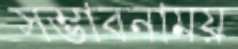
সম্ভাবনাময়